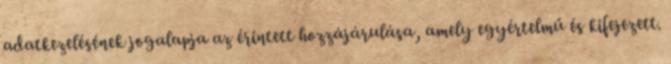
adatkezelésének jogalapja az érintett hozzájárulása, amely egyértelmű és kifejezett.